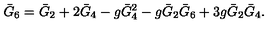
\bar { G } _ { 6 } = \bar { G } _ { 2 } + 2 \bar { G } _ { 4 } - g \bar { G } _ { 4 } ^ { 2 } - g \bar { G } _ { 2 } \bar { G } _ { 6 } + 3 g \bar { G } _ { 2 } \bar { G } _ { 4 } .